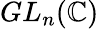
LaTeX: GL_{n}(\mathbb{C})